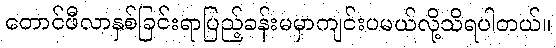
တောင်ဖီလာနှစ်ခြင်းရာပြည့်ခန်းမမှာကျင်းပမယ်လို့သိရပါတယ်။